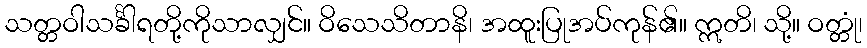
သတ္တဝါသင်္ခါရတို့ကိုသာလျှင်။ ဝိသေသိတာနိ၊ အထူးပြုအပ်ကုန်၏။ ဣတိ၊ သို့။ ဝတ္တုံ၊